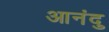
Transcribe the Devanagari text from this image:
आनंदु